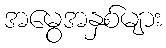
အမွေအနှစ်များ